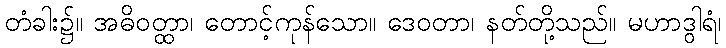
တံခါး၌။ အဓိဝတ္ထာ၊ တောင့်ကုန်သော။ ဒေဝတာ၊ နတ်တို့သည်။ မဟာဒွါရံ၊